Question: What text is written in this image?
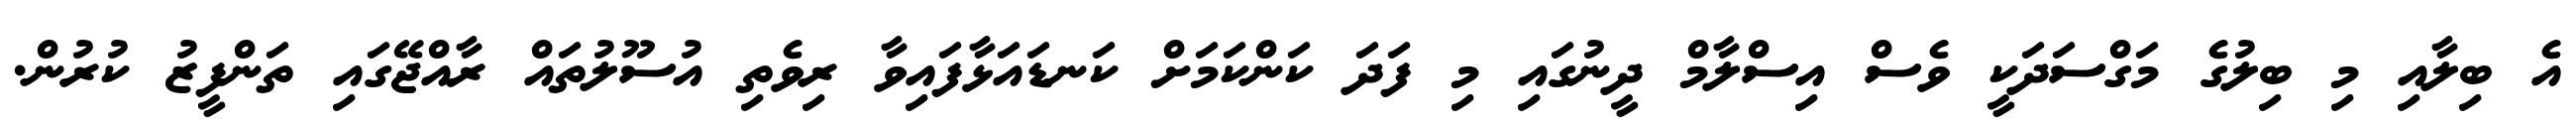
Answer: އެ ބިލާއި މި ބިލުގެ މަގްސަދަކީ ވެސް އިސްލާމް ދީނުގައި މި ފަދަ ކަންކަމަށް ކަނޑައަޅާފައިވާ ރިވެތި އުސޫލުތައް ރާއްޖޭގައި ތަންފީޒު ކުރުން.